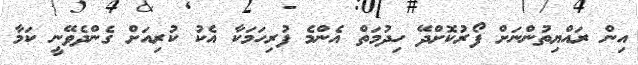
އިން ރައްޔިތުންނަށް ފޯރުކޮށްދޭ ހިދުމަތް އެންމެ ފުރިހަމަކާ އެކު ކުރިއަށް ގެންދެވޭނީ ކަމާ